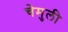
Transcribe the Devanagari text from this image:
चेमुली